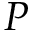
P